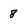
Character: 8